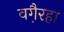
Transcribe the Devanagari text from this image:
वगै़रहा